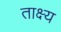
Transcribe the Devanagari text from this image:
ताक्ष्य